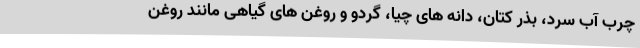
چرب آب سرد، بذر کتان، دانه های چیا، گردو و روغن های گیاهی مانند روغن